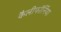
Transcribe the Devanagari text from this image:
कैलीफॉर्निया